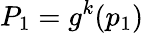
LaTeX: P_{1}=g^{k}(p_{1})